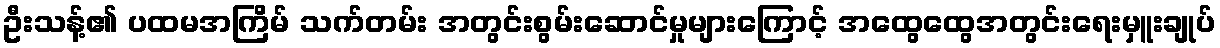
ဦးသန့်၏ ပထမအကြိမ် သက်တမ်း အတွင်းစွမ်းဆောင်မှုများကြောင့် အထွေထွေအတွင်းရေးမှူးချုပ်